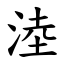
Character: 淕